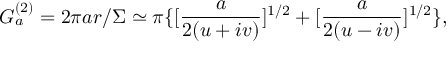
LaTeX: G _ { a } ^ { ( 2 ) } = 2 \pi a r / \Sigma \simeq \pi \{ [ \frac { a } { 2 ( u + i v ) } ] ^ { 1 / 2 } + [ \frac { a } { 2 ( u - i v ) } ] ^ { 1 / 2 } \} ,